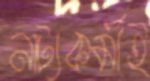
নাট্যকর্মীই